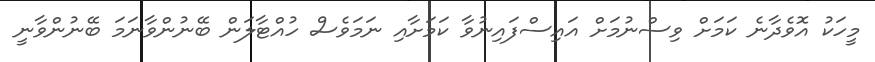
މީހަކު އޮވެދާނެ ކަމަށް ވިސްނުމަށް އައިސްފައިނުވާ ކަމަށާއި ނަމަވެސް ހުއްޓާލަން ބޭނުންވާނަމަ ބޭނުންވާނީ